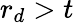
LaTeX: r_{d}>t